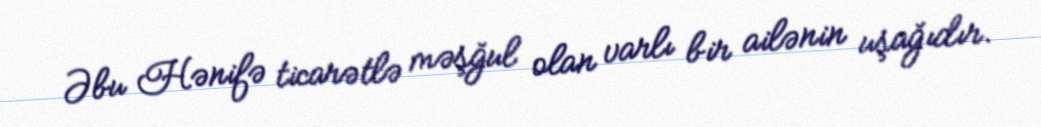
Əbu Hənifə ticarətlə məşğul olan varlı bir ailənin uşağıdır.